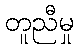
တူညီမှု